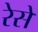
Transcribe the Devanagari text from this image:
रेसें